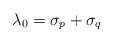
\begin{align*}\lambda_0 = \sigma_p + \sigma_q\end{align*}